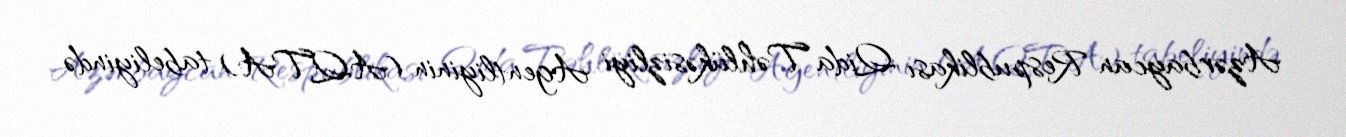
Azərbaycan Respublikası Qida Təhlükəsizliyi Agentliyinin (AQTA) tabeliyində